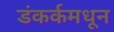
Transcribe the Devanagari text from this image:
डंकर्कमधून